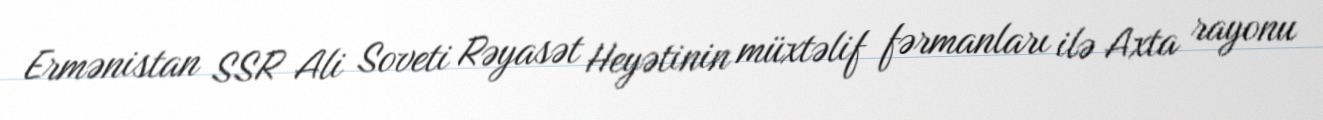
Ermənistan SSR Ali Soveti Rəyasət Heyətinin müxtəlif fərmanları ilə Axta rayonu